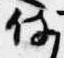
侍